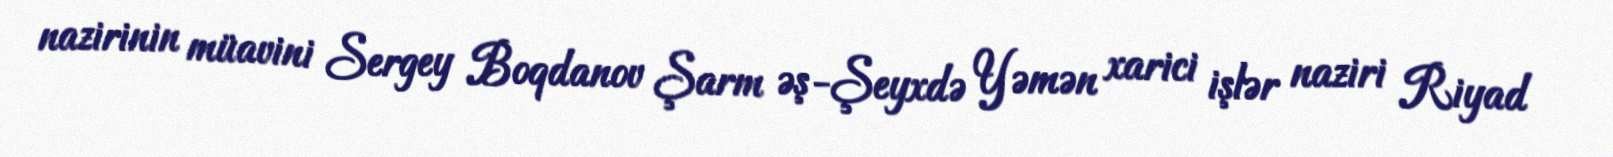
nazirinin müavini Sergey Boqdanov Şarm əş-Şeyxdə Yəmən xarici işlər naziri Riyad